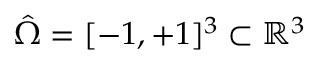
\hat { \Omega } = [ - 1 , + 1 ] ^ { 3 } \subset \mathbb { R } ^ { 3 }